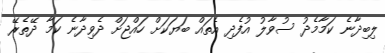
ލިބިދާނެ ކަމާމެދު ސުވާލު އުފެދި އެތައް ބަޔަކަށް ހައްޖަށް ދެވިދާނެ ކަމާ ދޭތެރޭ